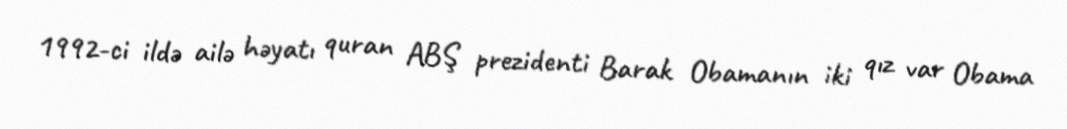
1992-ci ildə ailə həyatı quran ABŞ prezidenti Barak Obamanın iki qız var Obama